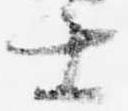
士